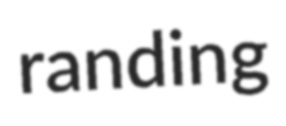
randing